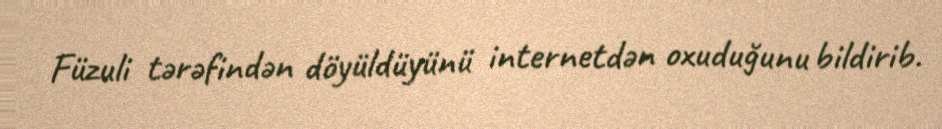
Füzuli tərəfindən döyüldüyünü internetdən oxuduğunu bildirib.